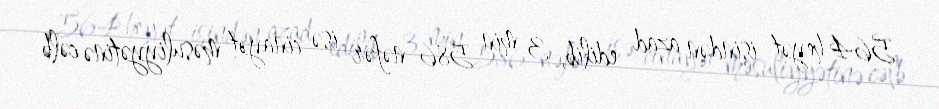
564 heyət işindən azad edilib, 3 min 586 nəfər isə cinayət məsuliyyətinə cəlb